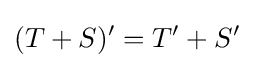
(T+S)^{\prime }=T^{\prime }+S^{\prime }